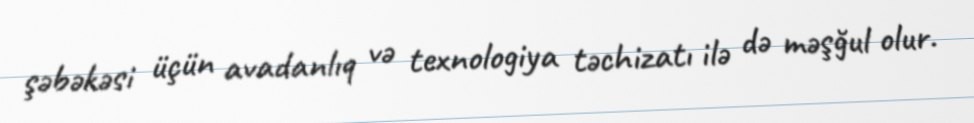
şəbəkəsi üçün avadanlıq və texnologiya təchizatı ilə də məşğul olur.